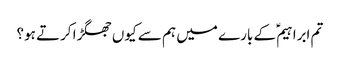
تم ابراہیمؑ کے بارے میں ہم سے کیوں جھگڑا کرتے ہو؟